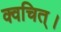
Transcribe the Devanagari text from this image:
क्वचित्‌।